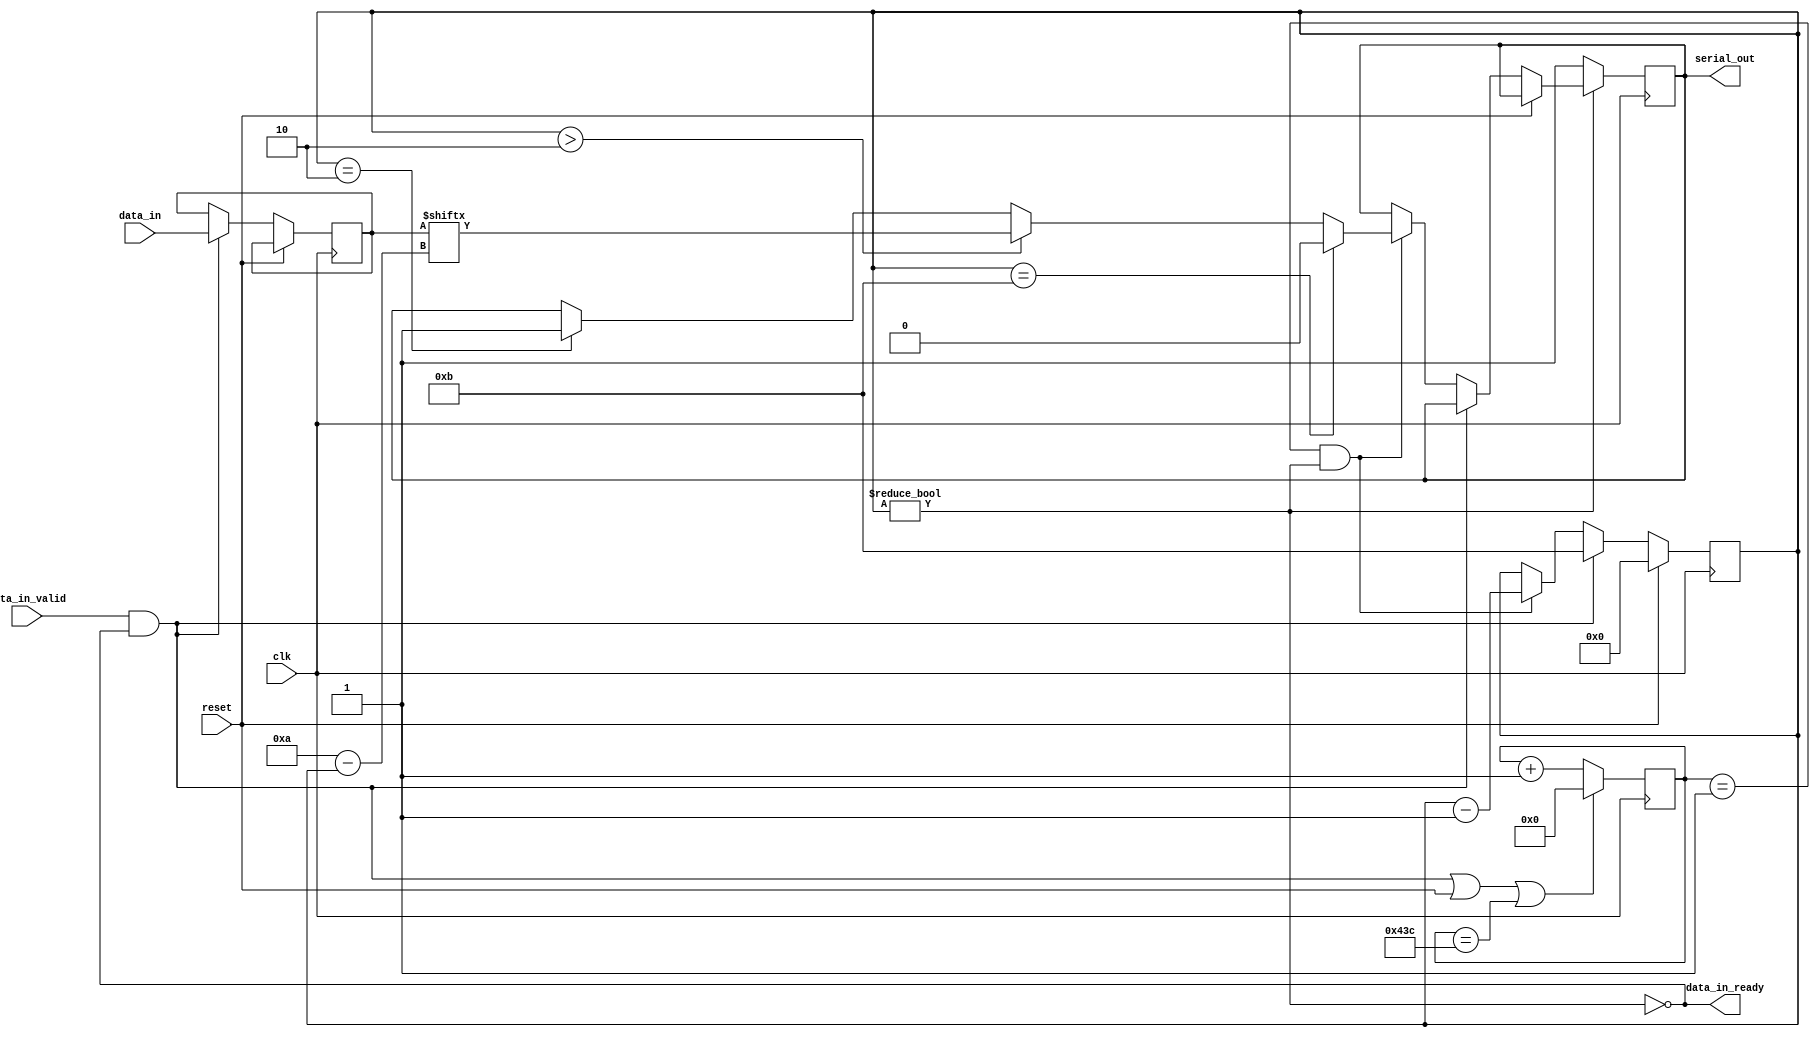
module uart_transmitter #(
    parameter CLOCK_FREQ = 125_000_000,
    parameter BAUD_RATE = 115_200)
(
    input clk,
    input reset,

    input [7:0] data_in,
    input data_in_valid,
    output data_in_ready,

    output serial_out
);
    // See diagram in the lab guide
    localparam  SYMBOL_EDGE_TIME    =   CLOCK_FREQ / BAUD_RATE;
    localparam  CLOCK_COUNTER_WIDTH =   $clog2(SYMBOL_EDGE_TIME);

    wire symbol_edge;
    wire tx_running;
    wire start;

    reg [7:0] old_data;
    reg [3:0] bit_counter;
    reg [CLOCK_COUNTER_WIDTH-1:0] clock_counter;
    reg serial_out_reg;

    assign serial_out = serial_out_reg;

    // symbol_edge is high whenever we want to send one bit
    assign symbol_edge = clock_counter == 1;
    // bit_counter == 0 means that we are idle
    assign tx_running = bit_counter != 4'd0;
    // we want to start running if we are currently not running and the input is valid
    assign start = data_in_valid && !tx_running;
    // we are ready if we are not running
    assign data_in_ready = !tx_running;

    always @(posedge clk) begin
        clock_counter <= (start || reset || clock_counter == (SYMBOL_EDGE_TIME - 1)) ? 0 : clock_counter + 1;
    end

    always @(posedge clk) begin
        if (reset) begin
            bit_counter <= 0;
        end else if (start) begin
            bit_counter <= 11;
            old_data <= data_in;
        end else if (symbol_edge && tx_running) begin
            if (bit_counter == 11) begin
                // send 0 for the start bit
                serial_out_reg <= 0;
            end else if (bit_counter > 2) begin
                // if bit_counter is in [9, 2] send the corresponding data bit
                serial_out_reg <= old_data[10 - bit_counter];
            end else if (bit_counter == 2) begin
                // send 1 for the stop bit
                serial_out_reg <= 1;
            end
            bit_counter <= bit_counter - 1;
        end
        
        if (!tx_running) begin
            serial_out_reg <= 1;
        end
    end

// worked but timed out
    // always @(posedge clk) begin
    //     if (reset) begin
    //         bit_counter <= 0;
    //     end else if (start) begin
    //         bit_counter <= 10;
    //         old_data <= data_in;
    //     end else if (symbol_edge && tx_running) begin
    //         if (bit_counter == 10) begin
    //             // send 0 for the start bit
    //             serial_out_reg <= 0;
    //         end else if (bit_counter > 1) begin
    //             // if bit_counter is in [9, 2] send the corresponding data bit
    //             serial_out_reg <= old_data[9 - bit_counter];
    //         end else if (bit_counter == 1) begin
    //             // send 1 for the stop bit
    //             serial_out_reg <= 1;
    //         end
    //         bit_counter <= bit_counter - 1;
    //     end
        
    //     if (!tx_running) begin
    //         serial_out_reg <= 1;
    //     end
    // end



    // always @(posedge clk) begin
    //     if (symbol_edge) begin
    //         if (bit_counter == 10) begin
    //             // send 0 for the start bit
    //             serial_out_reg <= 0;
    //         end else if (bit_counter > 1) begin
    //             // if bit_counter is in [9, 2] send the corresponding data bit
    //             serial_out_reg <= data_in[9 - bit_counter];
    //         end else if (bit_counter == 1) begin
    //             // send 1 for the stop bit
    //             serial_out_reg <= 1;
    //         end else begin
    //             // send 1 if IDLE
    //             serial_out_reg <= 1;
    //         end
    //     end
    // end

    // always @(posedge clk) begin
    //     if (symbol_edge) begin
    //         if (bit_counter == 10) begin
    //             serial_out_reg <= 0;
    //         end else if (bit_counter > 1) begin
    //             serial_out_reg <= data_in[bit_counter - 1];
    //         end else if (bit_counter == 1) begin
    //             serial_out_reg <= 1;
    //         end 
    //         bit_counter <= bit_counter == 10 ? 0 : bit_counter + 1;
    //     end
    // end




endmodule